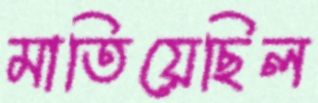
মাতিয়েছিল